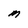
Character: M